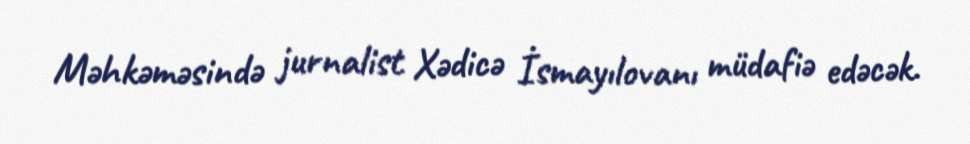
Məhkəməsində jurnalist Xədicə İsmayılovanı müdafiə edəcək.